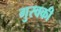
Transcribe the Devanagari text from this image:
गुरवकी